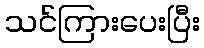
သင်ကြားပေးပြီး